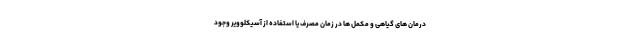
درمان های گیاهی و مکمل ها در زمان مصرف یا استفاده از آسیکلوویر وجود